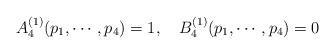
LaTeX: \begin{align*}A_4 ^{(1)} (p_1,\cdots,p_4) = 1,\quad B_4^{(1)} (p_1,\cdots,p_4) = 0\end{align*}